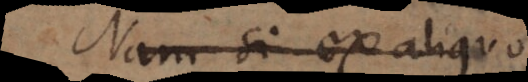
Nam si ex aliquo